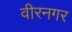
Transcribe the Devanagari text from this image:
वीरनगर